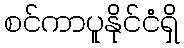
စင်ကာပူနိုင်ငံရှိ